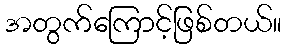
အတွက်ကြောင့်ဖြစ်တယ်။